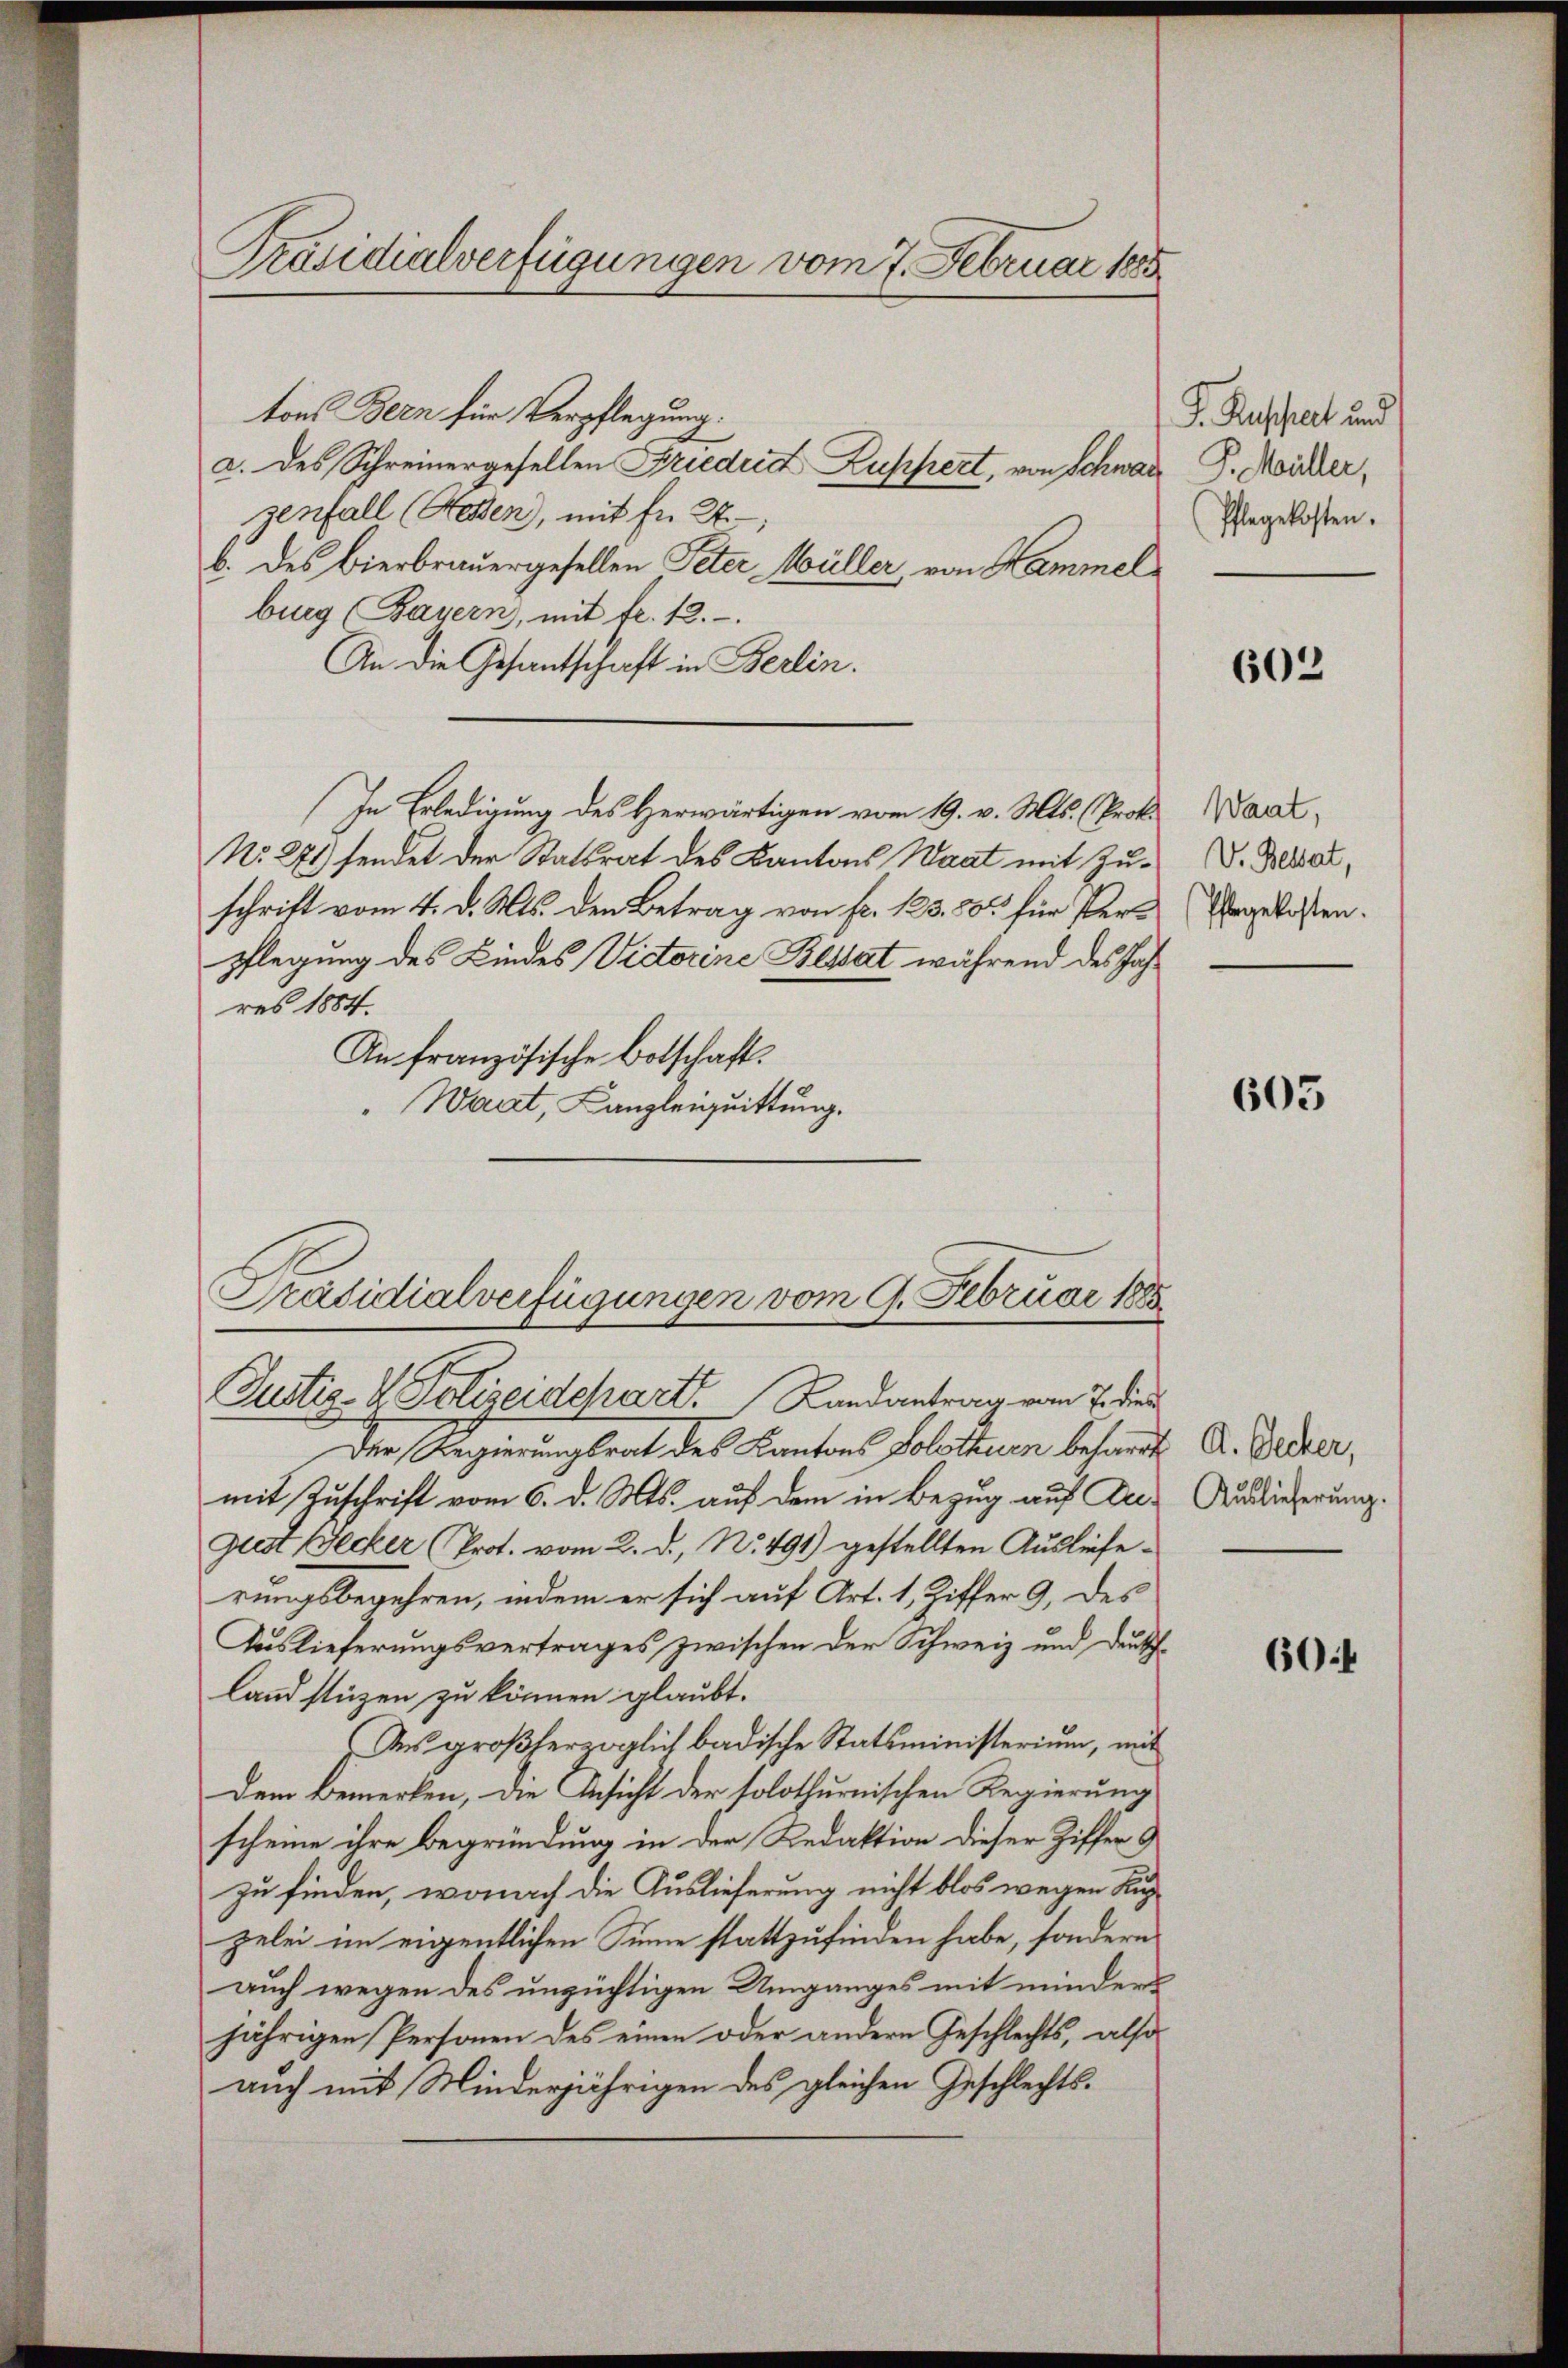
Präsidialverfügungen vom 7. Februar 185

tons Bern für Verpflegung.
a. des Schreinergesellen Friedrich Zuppiert, von Schwar
genfall (Nesen, mit fr. 27.
b. des Bierbrauergesellen Peter Müller, von Hammel
burg (Bayern, mit fr. 12.
An die Gesantschaft in Berlin.
In Erledigung des Herwärtigen vom 19. v. Mts. (Prok.
No. 271) sendet der Statsrat des Kantons Waat mit Zuschrift vom 4. d. Mts. den Betrag von fr. 123. 50 für Perpflegung des Kindes Victorine Bestat während des Jahres 1884.
An französische Botschaft.
Wart, Kanzleigquittung.
Präsidialverfügungen vom 9. Februar 188
Justiz- & Polizeidchart. Landantrag vom 7. die
Der Regierungsrat des Kantons Solothurn beharrt A. Decker,
mit Zuschrift vom 6. d. Mts. auf dem in Bezug auf Du. Auslieferung.
gust Becker (Prot. vom 2. d., N. 491) gestellten Auslieferungsbegehren, indem er sich auf Art. 1, Ziffer 9. des
Auslieferungsvertrages zwischen der Schweiz und Deuschland stüzen zu können glaubt.
Des großherzoglich badische Statsministerium, mit
Dem Bemerken, die Ansicht der solothurnischen Regierung
scheine ihre Begründung in der Redaktion dieser Ziffer
zu finden, wonach die Auslieferung nicht blos wegen Kupzelei im eigentlichen Sinne stattzufinden habe, sondern
auch wegen des unzüchtigen Umganges mit minderjährigen Personen des einen oder andern Geschlechts, also
auch mit Winderjährigen des gleichen Geschlechts-

J. Russert und
P. Müller,
Pflegekosten.

602

Waat,
V. Bestat,
Pflegekosten.

605

60: